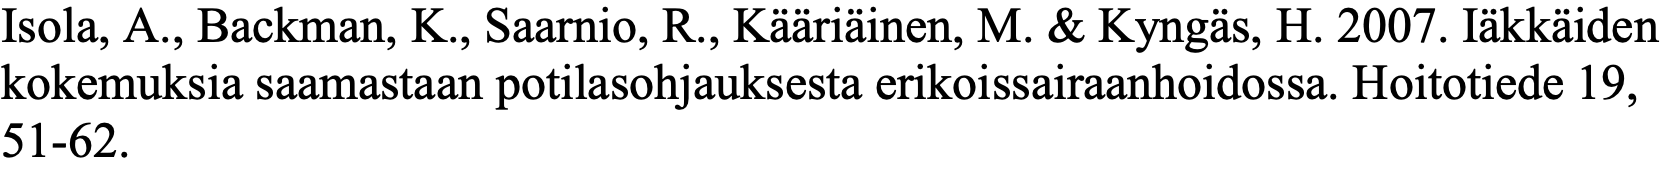
Isola, A., Backman, K., Saarnio, R., Kääriäinen, M. & Kyngäs, H. 2007. Iäkkäiden kokemuksia saamastaan potilasohjauksesta erikoissairaanhoidossa. Hoitotiede 19, 51-62.